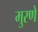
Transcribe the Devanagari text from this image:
मुरणे